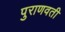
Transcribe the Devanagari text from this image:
पुराणवती